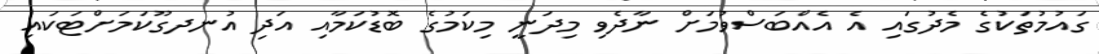
ގައުމުތަކުގެ މެދުގައި އެ އެއްބަސްވުމަށް ނާދެވި މިދަނީ މިކަމުގެ ބޮޑުކަމާއި އަދި އުނދގޫކަމަށްޓަކައި